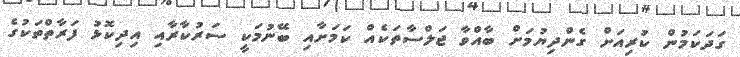
ގަދަކަމުން ކުރިއަށް ގެންދިޔުމަށް ބާއްވާ ޖަލްސާތަކެއް ކަމަށާއި ބޭނުމަކީ ސަރުކާރާއި އިދިކޮޅު ފަރާތްތަކުގެ